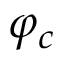
\varphi _ { c }